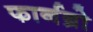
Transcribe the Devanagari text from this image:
फार्नब्रो